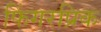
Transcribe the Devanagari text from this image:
फिंगरप्रिक